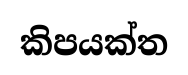
කිපයක්ත